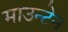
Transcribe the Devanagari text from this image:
माउन्‍टेन